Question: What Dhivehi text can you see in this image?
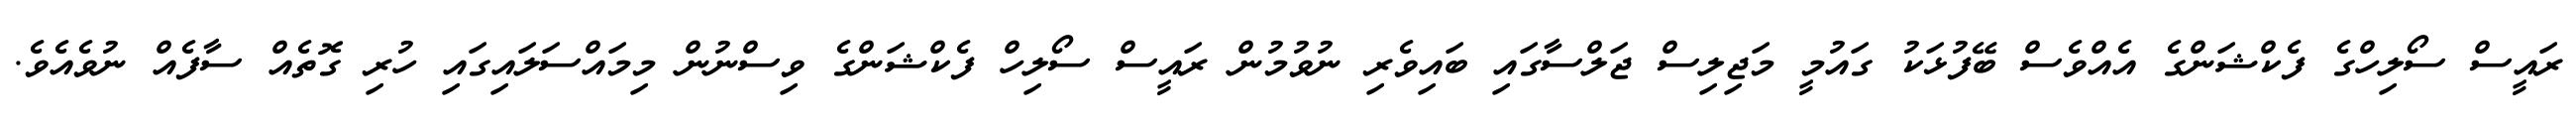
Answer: ރައީސް ސޯލިހްގެ ފެކްޝަންގެ އެއްވެސް ބޭފުޅަކު ގައުމީ މަޖިލިސް ޖަލްސާގައި ބައިވެރި ނުވުމުން ރައީސް ސޯލިހް ފެކްޝަންގެ ވިސްނުން މިމައްސަލައިގައި ހުރި ގޮތެއް ސާފެއް ނުވެއެވެ.